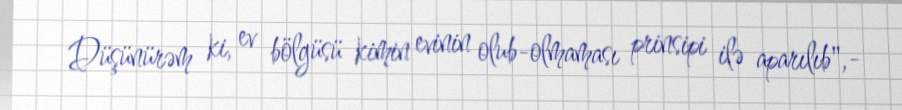
Düşünürəm ki, ev bölgüsü kimin evinin olub-olmaması prinsipi ilə aparılıb",-